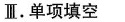
Ⅱ.单项填空